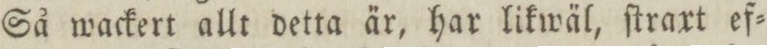
Så wackert allt detta är, har likwäl, ſtraxt ef=